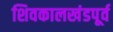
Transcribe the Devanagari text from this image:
शिवकालखंडपूर्व